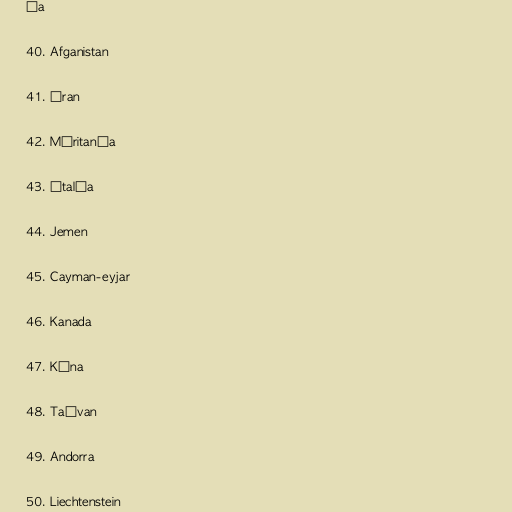
ía

40. Afganistan

41. Íran

42. Máritanía

43. Ítalía

44. Jemen

45. Cayman-eyjar

46. Kanada

47. Kína

48. Taívan

49. Andorra

50. Liechtenstein